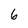
Character: 6